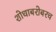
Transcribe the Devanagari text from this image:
शोधाबरोबरच